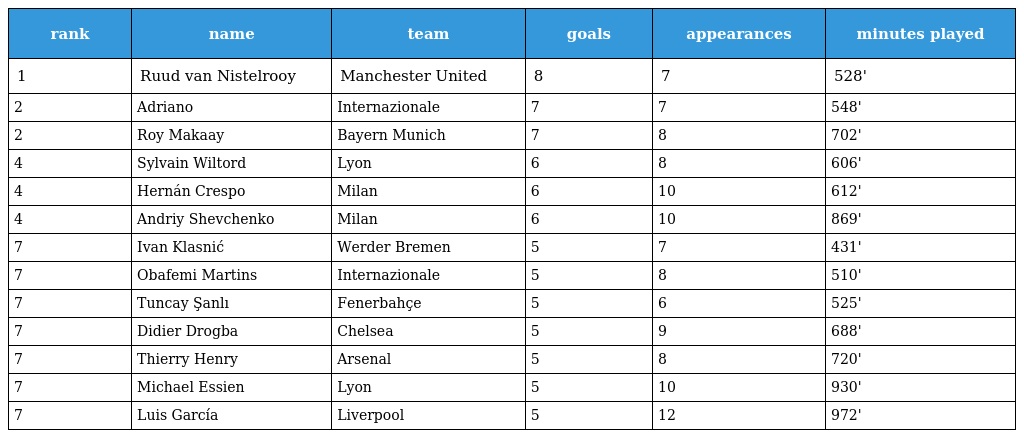
| rank | name | team | goals | appearances | minutes played |
 | --- | --- | --- | --- | --- | --- |
 | 1 | Ruud van Nistelrooy | Manchester United | 8 | 7 | 528' |
 | 2 | Adriano | Internazionale | 7 | 7 | 548' |
 | 2 | Roy Makaay | Bayern Munich | 7 | 8 | 702' |
 | 4 | Sylvain Wiltord | Lyon | 6 | 8 | 606' |
 | 4 | Hernán Crespo | Milan | 6 | 10 | 612' |
 | 4 | Andriy Shevchenko | Milan | 6 | 10 | 869' |
 | 7 | Ivan Klasnić | Werder Bremen | 5 | 7 | 431' |
 | 7 | Obafemi Martins | Internazionale | 5 | 8 | 510' |
 | 7 | Tuncay Şanlı | Fenerbahçe | 5 | 6 | 525' |
 | 7 | Didier Drogba | Chelsea | 5 | 9 | 688' |
 | 7 | Thierry Henry | Arsenal | 5 | 8 | 720' |
 | 7 | Michael Essien | Lyon | 5 | 10 | 930' |
 | 7 | Luis García | Liverpool | 5 | 12 | 972' |